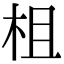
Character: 柤